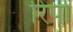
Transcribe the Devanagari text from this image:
रिपो